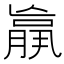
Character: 𮌩